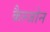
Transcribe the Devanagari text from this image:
कैल्जोन